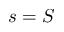
s = S